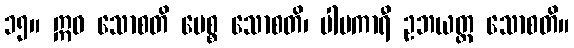
၁၅။ ဣဓ သောစတိ ပေစ္စ သောစတိ၊ ပါပကာရီ ဥဘယတ္ထ သောစတိ။